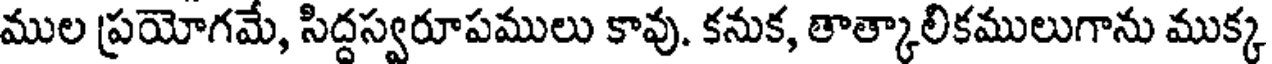
ముల ప్రయోగమే, సిద్దస్వరూపములు కావు. కనుక, తాత్కాలికములుగాను ముక్క